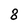
Character: 8